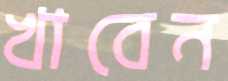
খাবেন